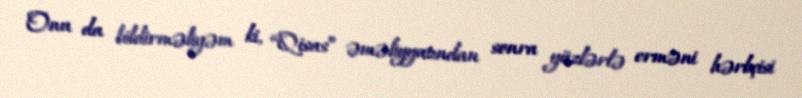
Onu da bildirməliyəm ki, “Qisas” əməliyyatından sonra yüzlərlə erməni hərbçisi